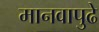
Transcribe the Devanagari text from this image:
मानवापुढे